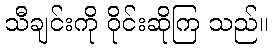
သီချင်းကို ဝိုင်းဆိုကြ သည်။